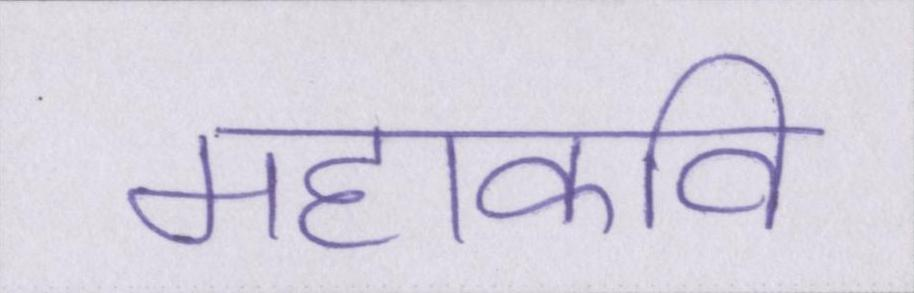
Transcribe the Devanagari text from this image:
महाकवि